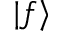
| f \rangle